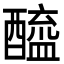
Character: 醯